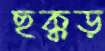
ছক্কড়